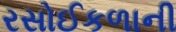
રસોઈકળાની